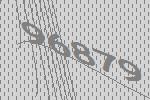
96879